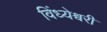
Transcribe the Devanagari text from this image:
विंध्येश्वरी